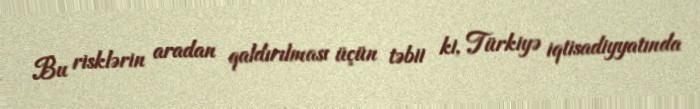
Bu risklərin aradan qaldırılması üçün təbii ki, Türkiyə iqtisadiyyatında